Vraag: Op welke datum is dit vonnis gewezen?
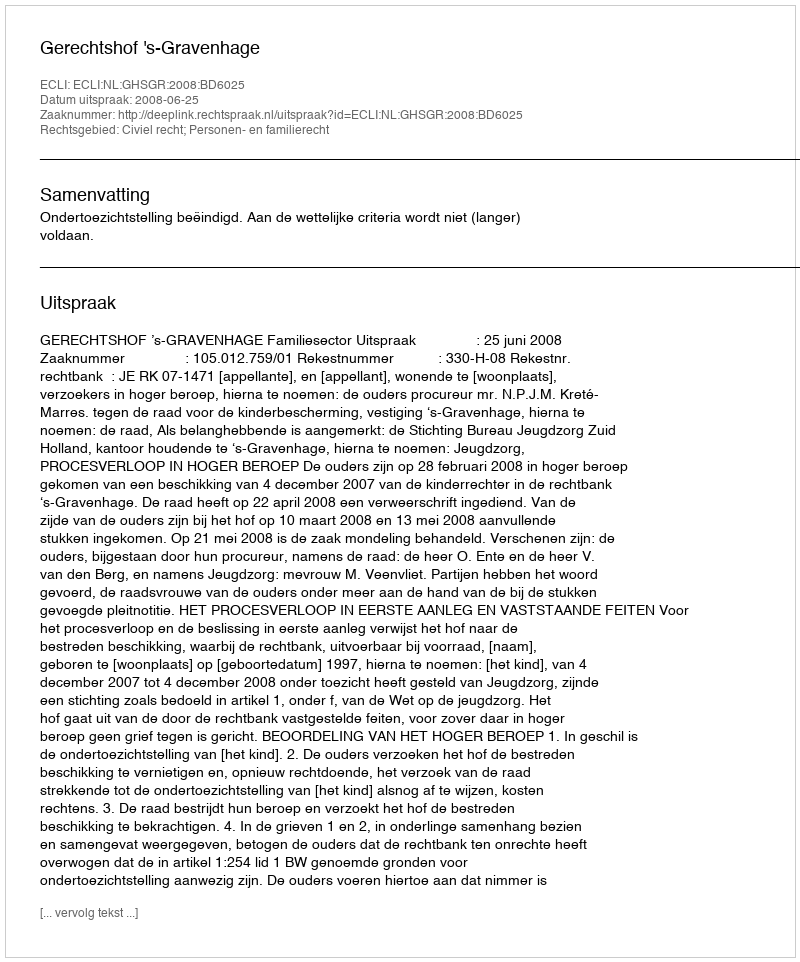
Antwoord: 2008-06-25